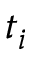
t _ { i }